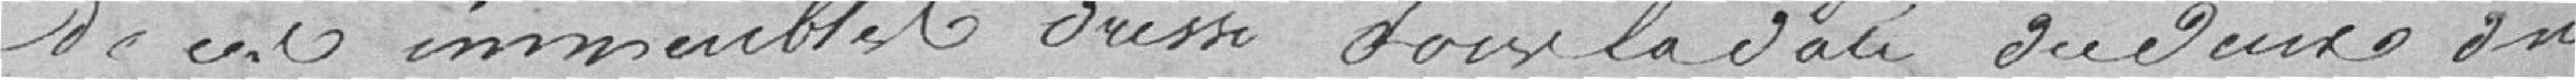
de cet immeuble et dressé dans la date du deux du